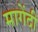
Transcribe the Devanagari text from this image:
मागेंदी